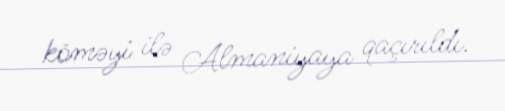
köməyi ilə Almaniyaya qaçırıldı.